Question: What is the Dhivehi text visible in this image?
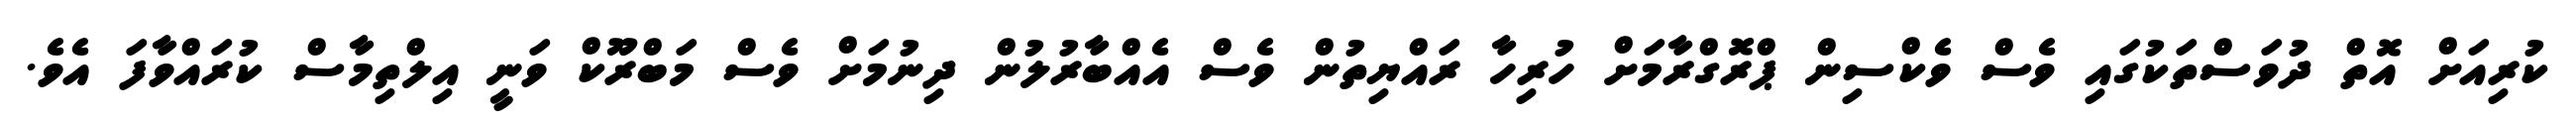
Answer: ކުރިއަށް އޮތް ދުވަސްތަކުގައި ވެސް ވެކްސިން ޕްރޮގްރާމަށް ހުރިހާ ރައްޔިތުން ވެސް އެއްބާރުލުން ދިނުމަށް ވެސް މަބްރޫކް ވަނީ އިލްތިމާސް ކުރައްވާފަ އެވެ.